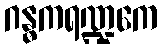
ဂန္ဓကရဏ္ဍကေ